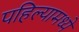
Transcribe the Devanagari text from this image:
पहिल्यामध्ये